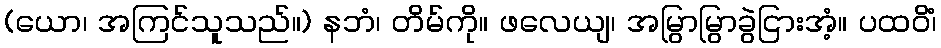
(ယော၊ အကြင်သူသည်။) နဘံ၊ တိမ်ကို။ ဖလေယျ၊ အမြွာမြွာခွဲငြားအံ့။ ပထဝိံ၊